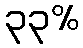
၃၃%